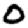
Digit: 0